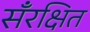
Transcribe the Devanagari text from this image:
सँरक्षित